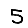
Digit: 5